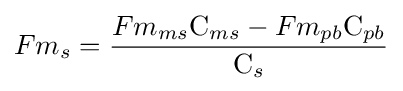
Fm_{s}={\frac {Fm_{ms}{\mathrm {C} }_{ms}-Fm_{pb}{\mathrm {C} }_{pb}}{{\mathrm {C} }_{s}}}